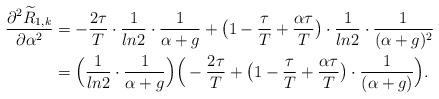
LaTeX: \begin{align*}\frac{\partial^2 \widetilde{R}_{1,k}}{\partial\alpha^2}&=-\frac{2\tau}{T}\cdot\frac{1}{ln2}\cdot\frac{1}{\alpha+g}+\big(1-\frac{\tau}{T}+\frac{\alpha\tau}{T}\big)\cdot\frac{1}{ln2}\cdot\frac{1}{(\alpha+g)^2} \\&=\Big(\frac{1}{ln2}\cdot\frac{1}{\alpha+g}\Big)\Big(-\frac{2\tau}{T}+\big(1-\frac{\tau}{T}+\frac{\alpha\tau}{T}\big)\cdot\frac{1}{(\alpha+g)}\Big).\end{align*}